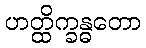
ဟတ္ထိက္ခန္ဓတော